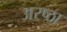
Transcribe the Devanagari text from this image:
अरष्ठा